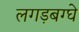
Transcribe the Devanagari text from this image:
लगड़बग्घे